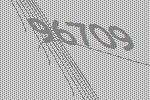
96709